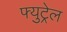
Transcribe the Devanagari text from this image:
फ्युट्रेल